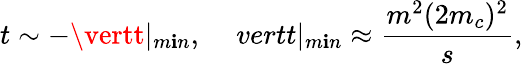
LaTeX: t\sim-\vertt\vert_{m\mathbf{i}n},\ \ \ \ \, vertt\vert_{m\mathbf{i}n}\approx\frac{{m^{2}(2m_{c})^{2}}}{{s}},